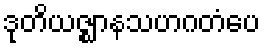
ဒုတိယဇ္ဈာနသဟဂတံပေ